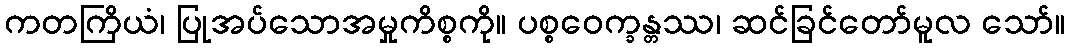
ကတကြိယံ၊ ပြုအပ်သောအမှုကိစ္စကို။ ပစ္စဝေက္ခန္တဿ၊ ဆင်ခြင်တော်မူလ သော်။